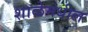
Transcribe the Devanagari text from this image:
शाळेमधील